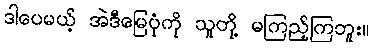
ဒါပေမယ့် အဲဒီမြေပုံကို သူတို့ မကြည့်ကြဘူး။